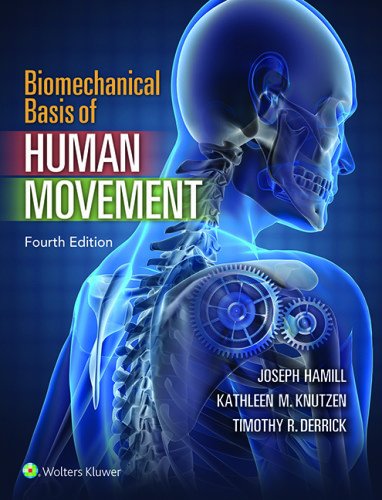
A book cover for Biomechanical Basis of Human Movement; Joseph Hamill PhD; Engineering & Transportation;